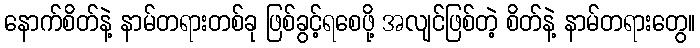
နောက်စိတ်နဲ့ နာမ်တရားတစ်ခု ဖြစ်ခွင့်ရစေဖို့ အလျင်ဖြစ်တဲ့ စိတ်နဲ့ နာမ်တရားတွေ။